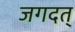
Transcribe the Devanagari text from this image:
जगदत्